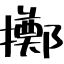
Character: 擲